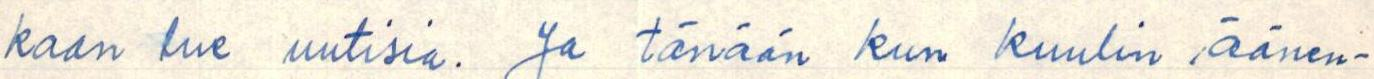
kaan lue uutisia. Ja tänään kun kuulin äänen-